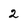
Character: 2